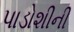
પાડોશીની